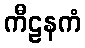
ကီဠနကံ